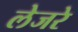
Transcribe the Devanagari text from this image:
लेजरे